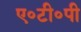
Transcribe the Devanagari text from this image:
ए॰टी॰पी